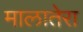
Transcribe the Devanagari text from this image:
मालातेरा